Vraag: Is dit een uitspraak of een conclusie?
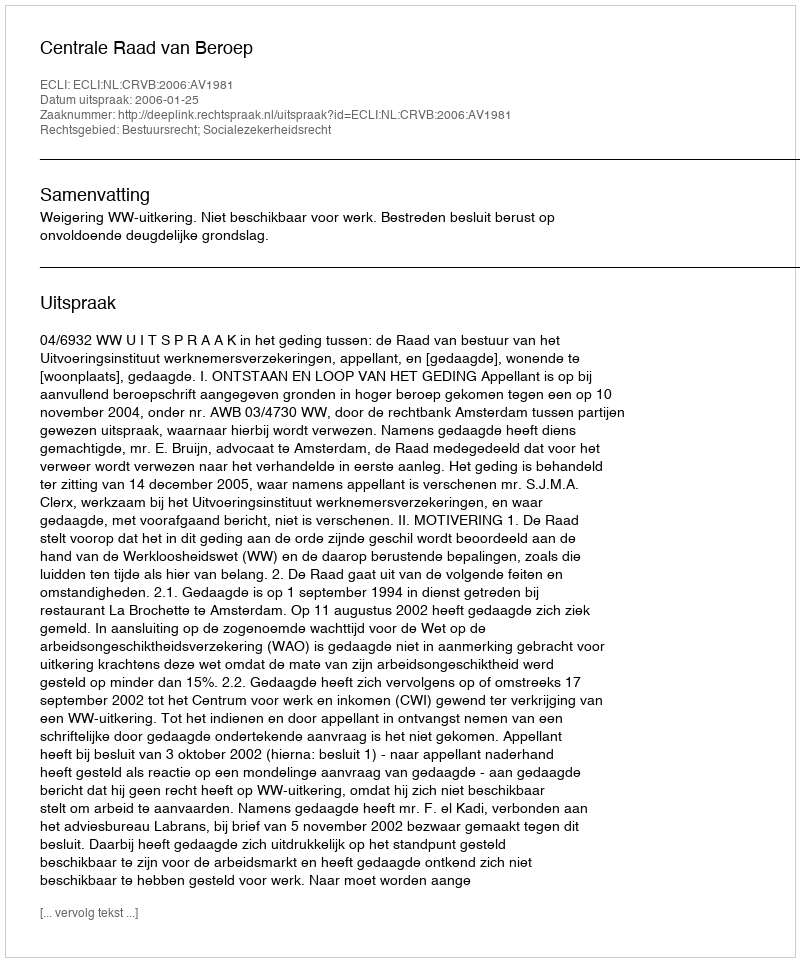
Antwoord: Uitspraak